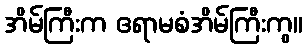
အိမ်ကြီးက ဧရာမစံအိမ်ကြီးကွ။